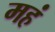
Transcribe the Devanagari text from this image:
महं